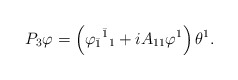
\begin{align*}P_3\varphi = \left(\varphi_{\bar1}{}^{\bar1}{}_1 + iA_{11}\varphi^1\right)\theta^1 .\end{align*}